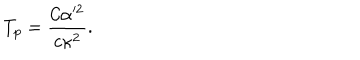
T _ { p } = { \frac { { \mathcal { C } } \alpha ^ { 2 } } { c \kappa ^ { 2 } } } .